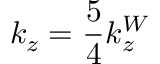
k _ { z } = \frac { 5 } { 4 } k _ { z } ^ { W }